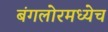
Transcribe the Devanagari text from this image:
बंगलोरमध्येच